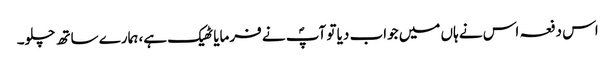
اس دفعہ اس نے ہاں میں جواب دیا تو آپؐ نے فرمایا ٹھیک ہے، ہمارے ساتھ چلو۔